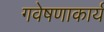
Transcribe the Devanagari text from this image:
गवेषणाकार्य